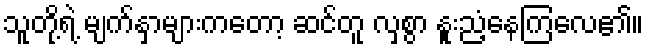
သူတို့ရဲ့ မျက်နှာများကတော့ ဆင်တူ လှစွာ နူးညံ့နေကြလေ၏။